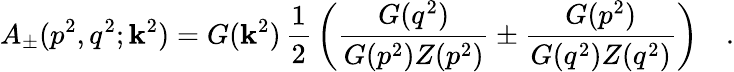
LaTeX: A_{\pm}(p^{2},q^{2};\mathbf{k}^{2})=G(\mathbf{k}^{2})\, \frac{{1}}{{2}}\, \left(\frac{{G(q^{2})}}{{G(p^{2})Z(p^{2})}}\pm\frac{{G(p^{2})}}{{G(q^{2})Z(q^{2})}}\right)\quad.